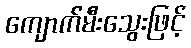
ကျောက်မီးသွေးဖြင့်